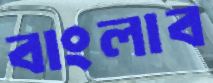
বাংলাব